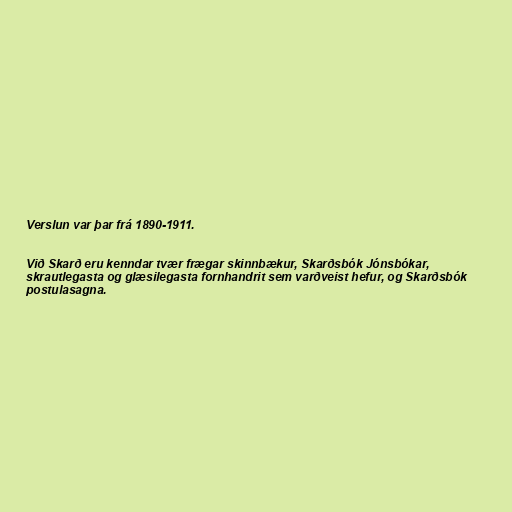
Verslun var þar frá 1890-1911.

Við Skarð eru kenndar tvær frægar skinnbækur, Skarðsbók Jónsbókar,
skrautlegasta og glæsilegasta fornhandrit sem varðveist hefur, og Skarðsbók
postulasagna.